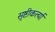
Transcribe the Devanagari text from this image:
सृष्टीकर्त्या